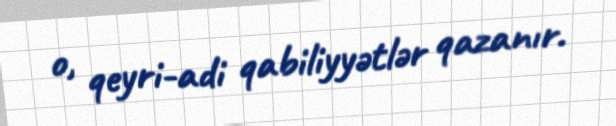
o, qeyri-adi qabiliyyətlər qazanır.